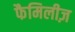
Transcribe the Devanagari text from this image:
फैमिलीज़